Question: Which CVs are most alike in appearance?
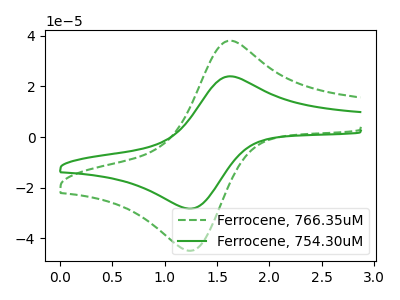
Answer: <think>The green dashed curve "Ferrocene, 766.35uM" has an anodic peak at (1.65V, 37.95uA) and a cathodic peak at (1.20V, -44.75uA). The green curve "Ferrocene, 754.30uM" has an anodic peak at (1.65V, 23.90uA) and a cathodic peak at (1.20V, -28.20uA).
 All the peaks in "Ferrocene, 766.35uM" have a peak in "Ferrocene, 754.30uM" at the same potential. Every peak in "Ferrocene, 766.35uM" is higher than every peak in "Ferrocene, 754.30uM".</think>
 <answer>"Ferrocene, 766.35uM" and "Ferrocene, 754.30uM" have the same shape and are likely CV's of the same chemical.</answer>
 <eval>"Ferrocene, 766.35uM" "Ferrocene, 754.30uM"</eval>